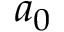
a _ { 0 }